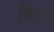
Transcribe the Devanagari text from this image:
ब्यिय